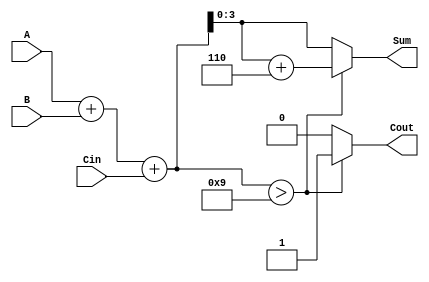
module BCD_Conditional_Adder (
    input  [3:0] A,      // First BCD digit
    input  [3:0] B,      // Second BCD digit
    input        Cin,     // Carry-in
    output reg [3:0] Sum, // BCD Sum output
    output reg Cout       // Carry-out output
);

    wire [4:0] binary_sum; // 5-bit to accommodate carry
    wire [4:0] adjusted_sum; // 5-bit for adjusted sum

    // Step 1: Compute the binary sum of A, B, and Cin
    assign binary_sum = A + B + Cin;

    // Step 2: Check if the binary sum exceeds 9 (1001 in binary)
    always @(*) begin
        if (binary_sum > 9) begin
            // Step 3: Adjust the sum by adding 6 (0110)
            Sum = binary_sum + 5'd6; // 5'd6 is used to ensure proper width
            Cout = 1; // Set carry-out
        end else begin
            Sum = binary_sum[3:0]; // Use the lower 4 bits
            Cout = 0; // No carry-out
        end
    end

endmodule